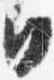
日